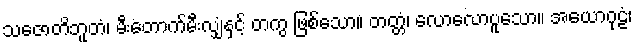
သဇောတိဘူတံ၊ မီးတောက်မီးလျှံနှင့် တကွ ဖြစ်သော။ တတ္တံ၊ လောလောပူသော။ အယောဂုဠံ၊